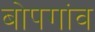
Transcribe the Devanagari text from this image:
बोपगांव